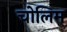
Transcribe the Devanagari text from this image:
चोलिम